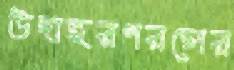
উদাহরণরগের